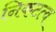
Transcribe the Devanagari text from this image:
निकटत्व